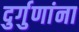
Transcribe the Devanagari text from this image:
दुर्गुणांना